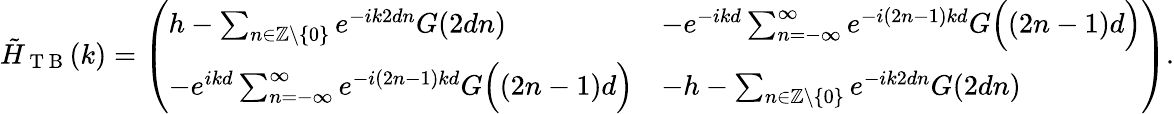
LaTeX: \tilde{H}_{\mathrm{~T~B~}}(k)=\left(\begin{array}{ll}{h-\sum_{n\in\mathbb{Z}\backslash\{ 0\} }e^{-ik2dn}G(2dn)}&{-e^{-ikd}\sum_{n=-\infty}^{\infty}e^{-i(2n-1)kd}G\Bigl((2n-1)d\Bigr)}\\ {-e^{ikd}\sum_{n=-\infty}^{\infty}e^{-i(2n-1)kd}G\Bigl((2n-1)d\Bigr)}&{-h-\sum_{n\in\mathbb{Z}\backslash\{ 0\} }e^{-ik2dn}G(2dn)}\end{array}\right).